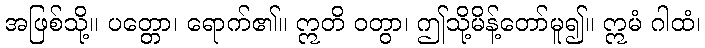
အဖြစ်သို့။ ပတ္တော၊ ရောက်၏။ ဣတိ ဝတွာ၊ ဤသို့မိန့်တော်မူ၍။ ဣမံ ဂါထံ၊